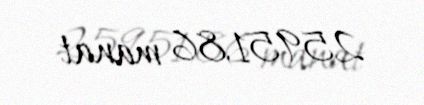
25951,86 manat